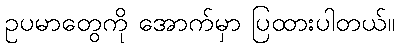
ဥပမာတွေကို အောက်မှာ ပြထားပါတယ်။